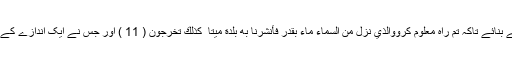
اور اس میں تمہارے لئے رستے بنائے تاکہ تم راہ معلوم کرووَالَّذِي نَزَّلَ مِنَ السَّمَاءِ مَاءً بِقَدَرٍ فَأَنشَرْنَا بِهِ بَلْدَةً مَّيْتًا ۚ كَذَٰلِكَ تُخْرَجُونَ ( 11 ) اور جس نے ایک اندازے کے ساتھ آسمان سے پانی نازل کیا۔